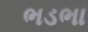
ભડભા